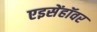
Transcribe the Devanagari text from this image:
एइसेंहॉवर